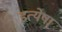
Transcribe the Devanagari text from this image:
इत्येषा